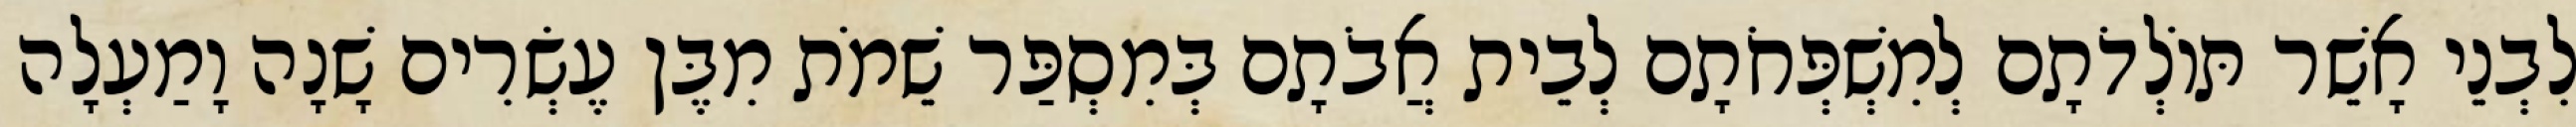
לִבְנֵי אָשֵׁר תּוֹלְדֹתָם לְמִשְׁפְּחֹתָם לְבֵית אֲבֹתָם בְּמִסְפַּר שֵׁמֹת מִבֶּן עֶשְׂרִים שָׁנָה וָמַעְלָה